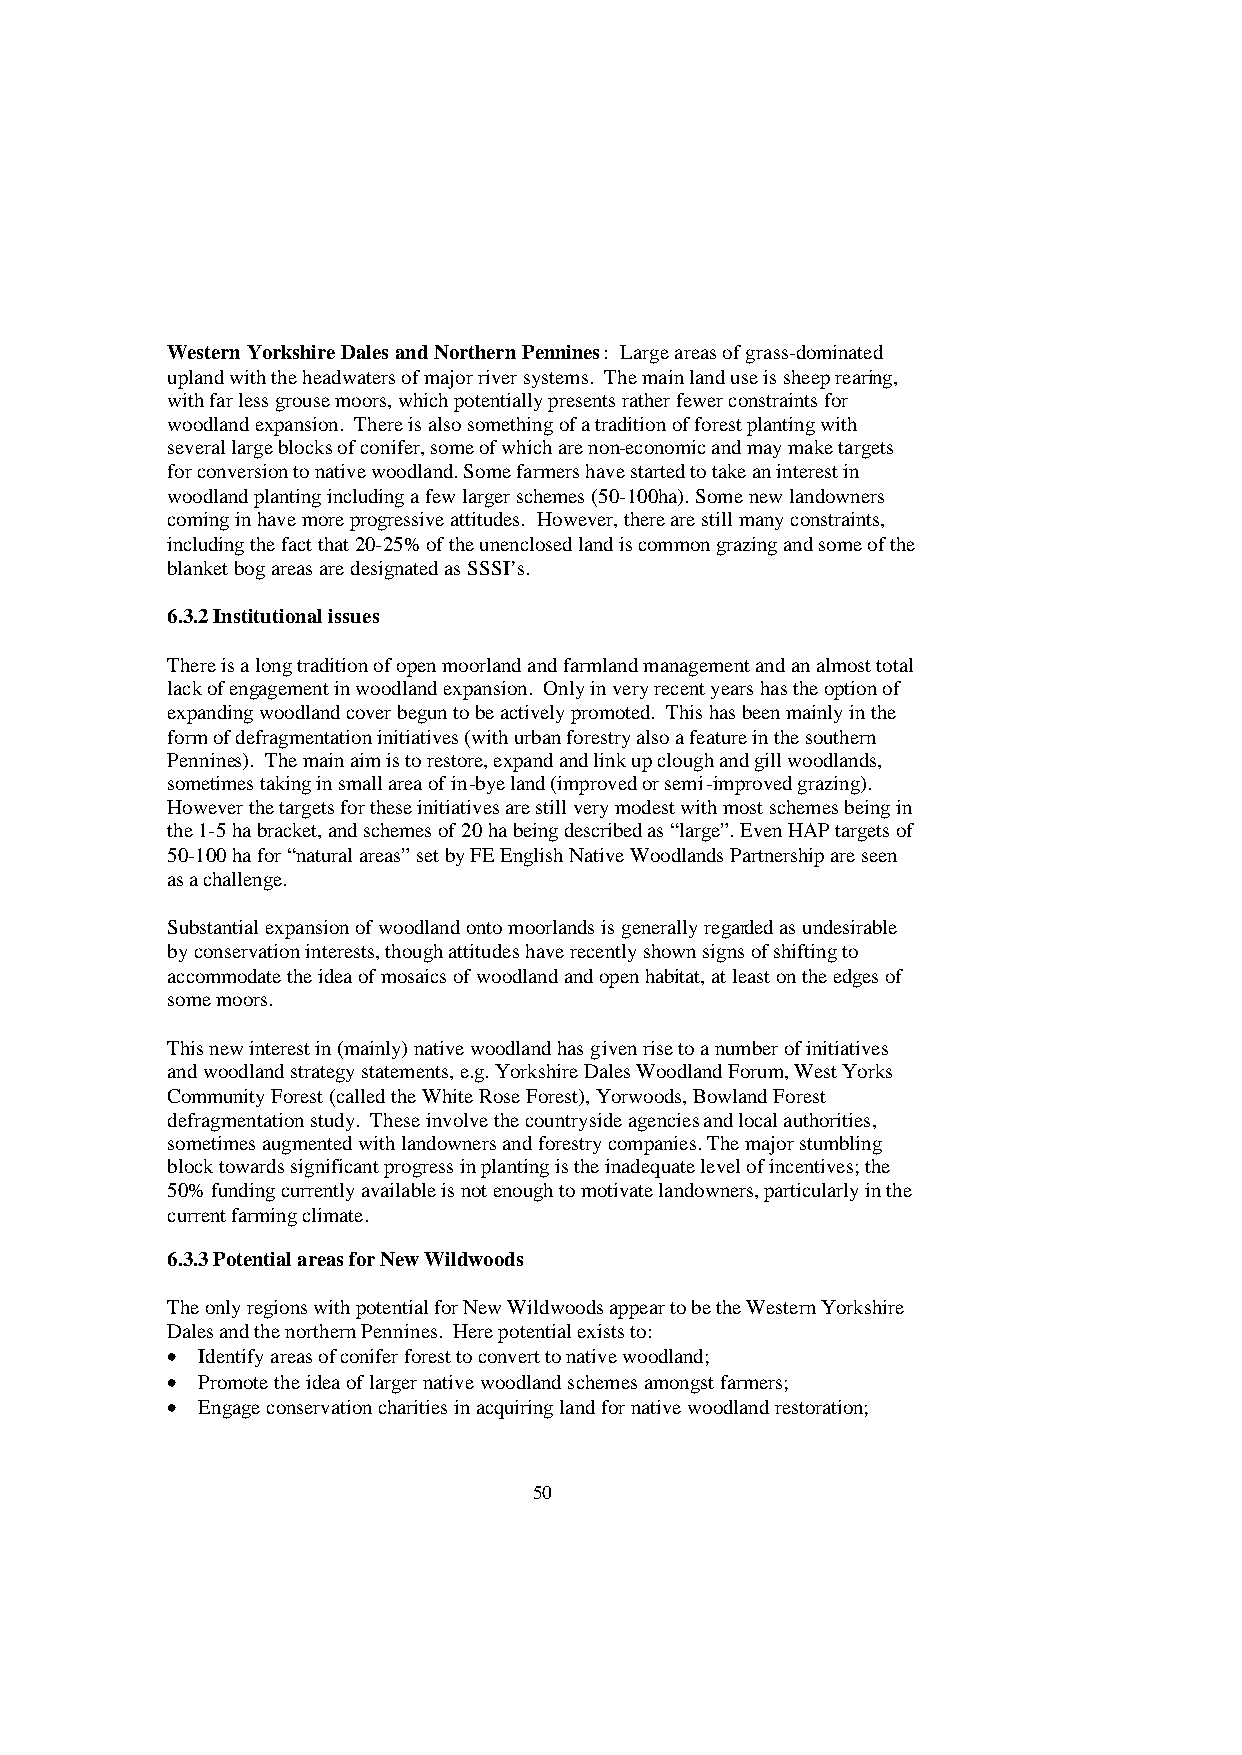
Western Yorkshire Dales and Northern Pennines: Large areas of grass-dominated
 upland with the headwaters of major river systems. The main land use is sheep rearing,
 with far less grouse moors, which potentially presents rather fewer constraints for
 woodland expansion. There is also something of a tradition of forest planting with
 several large blocks of conifer, some of which are non-economic and may make targets
 for conversion to native woodland. Some farmers have started to take an interest in
 woodland planting including a few larger schemes (50-100ha). Some new landowners
 coming in have more progressive attitudes. However, there are still many constraints,
 including the fact that 20-25% of the unenclosed land is common grazing and some of the
 blanket bog areas are designated as SSSI’s.
 6.3.2 Institutional issues
 There is a long tradition of open moorland and farmland management and an almost total
 lack of engagement in woodland expansion. Only in very recent years has the option of
 expanding woodland cover begun to be actively promoted. This has been mainly in the
 form of defragmentation initiatives (with urban forestry also a feature in the southern
 Pennines). The main aim is to restore, expand and link up clough and gill woodlands,
 sometimes taking in small area of in-bye land (improved or semi-improved grazing).
 However the targets for these initiatives are still very modest with most schemes being in
 the 1-5 ha bracket, and schemes of 20 ha being described as “large”. Even HAP targets of
 50-100 ha for “natural areas” set by FE English Native Woodlands Partnership are seen
 as a challenge.
 Substantial expansion of woodland onto moorlands is generally regarded as undesirable
 by conservation interests, though attitudes have recently shown signs of shifting to
 accommodate the idea of mosaics of woodland and open habitat, at least on the edges of
 some moors.
 This new interest in (mainly) native woodland has given rise to a number of initiatives
 and woodland strategy statements, e.g. Yorkshire Dales Woodland Forum, West Yorks
 Community Forest (called the White Rose Forest), Yorwoods, Bowland Forest
 defragmentation study. These involve the countryside agencies and local authorities,
 sometimes augmented with landowners and forestry companies. The major stumbling
 block towards significant progress in planting is the inadequate level of incentives; the
 50% funding currently available is not enough to motivate landowners, particularly in the
 current farming climate.
 6.3.3 Potential areas for New Wildwoods
 The only regions with potential for New Wildwoods appear to be the Western Yorkshire
 Dales and the northern Pennines. Here potential exists to:
 • Identify areas of conifer forest to convert to native woodland;
 • Promote the idea of larger native woodland schemes amongst farmers;
 • Engage conservation charities in acquiring land for native woodland restoration;
 50